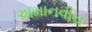
અમાનવીય